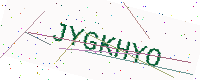
Text: JYGKHYO